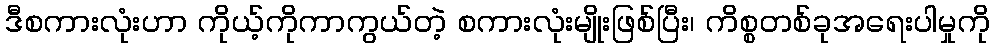
ဒီစကားလုံးဟာ ကိုယ့်ကိုကာကွယ်တဲ့ စကားလုံးမျိုးဖြစ်ပြီး၊ ကိစ္စတစ်ခုအရေးပါမှုကို